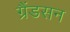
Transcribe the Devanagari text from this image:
ग्रैंडसन